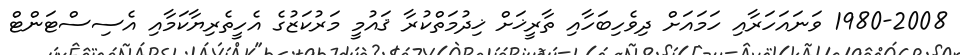
1980-2008 ވަނައަހަރާއި ހަމައަށް ދިވެހިބަހާއި ތާރީޚަށް ޚިދުމަތްކުރާ ޤައުމީ މަރުކަޒުގެ އެހީތެރިޔާކަމާއި އެސިސްޓަންޓް